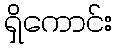
ရှိကောင်း